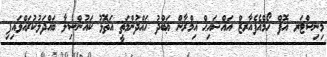
މިނިސްޓަރ އޮފް ހޯމްއެފެއާރޒް އައްޝައިޙް އިމްރާން ޢަބްދު ހައްދުންމަތީ އަތޮޅު ކައުންސިލާ ބައްދަލުކުރައްވައިފި